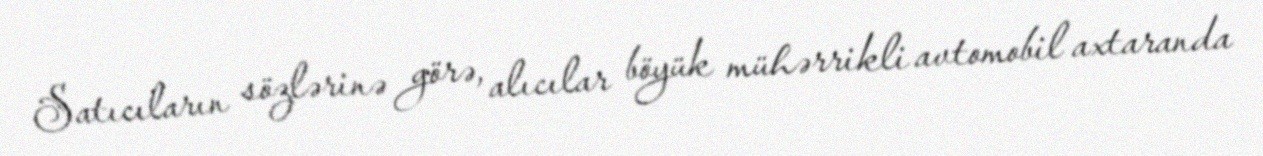
Satıcıların sözlərinə görə, alıcılar böyük mühərrikli avtomobil axtaranda